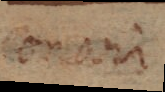
onor